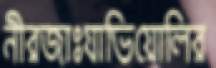
নীরজাঃযাভিয়োলির